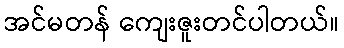
အင်မတန် ကျေးဇူးတင်ပါတယ်။